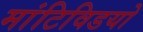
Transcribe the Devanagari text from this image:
मांटिविडयो